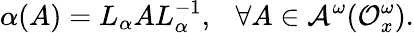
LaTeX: \alpha(A)=L_{\alpha}AL_{\alpha}^{-1},~~~\forall A\in{\cal A}^{\omega}({\cal O}_{x}^{\omega}).